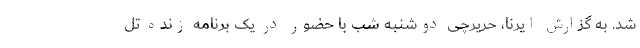
شد. به گزارش ایرنا، حریرچی دوشنبه شب با حضور در یک برنامه زنده تل